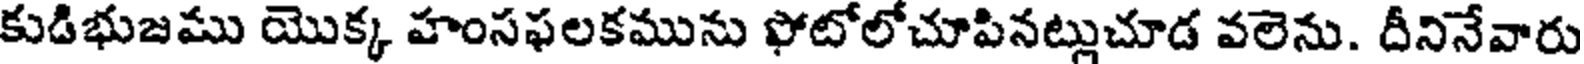
కుడిభుజము యొక్క హంసఫలకమును ఫోటోలోచూపినట్లుచూడ వలెను. దీనినేవారు